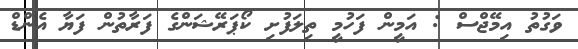
ވަގުތު އިމޭޖްސް : އަމީން ފަހުމީ ތިލަފުށި ކޯޕަރޭޝަންގެ ފަރާތުން ފަޔާ އެންޑް